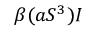
\beta ( a S ^ { 3 } ) I